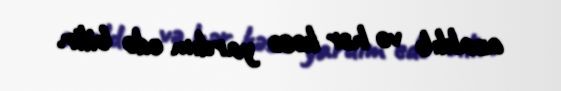
azaldıb və hər kəsə yardım edə bilir.